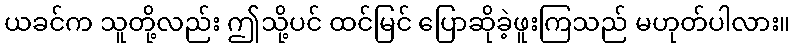
ယခင်က သူတို့လည်း ဤသို့ပင် ထင်မြင် ပြောဆိုခဲ့ဖူးကြသည် မဟုတ်ပါလား။